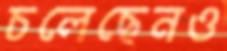
চলেছেনও